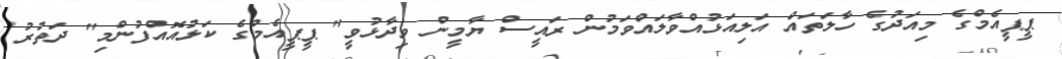
ޕީޕީއެމްގެ މިއަދުގެ ހާލަތައް އަލިއަޅުއްވާލައްވަމުން ރައީސް ޔާމީން ވިދާޅުވީ" ޕީޕީއެމްގެ ކަޅުއޮއްފުންމި" ދަތުރު